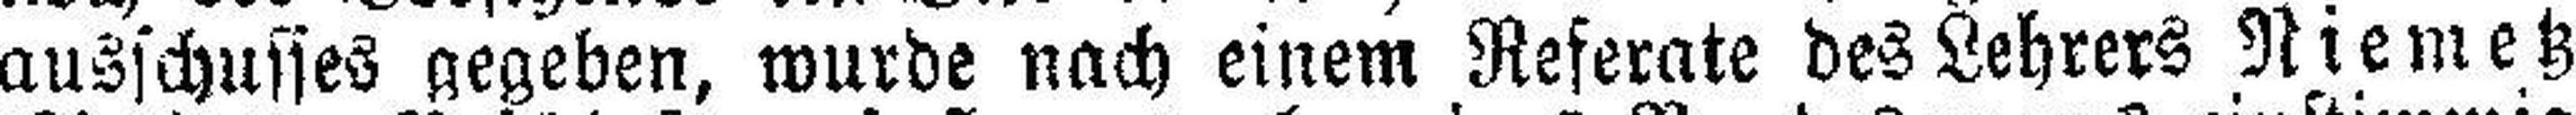
ausschustes gegeben, wurde nach einem Referate des Lehrers Niemetz